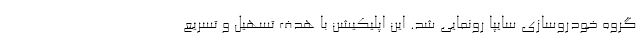
گروه خودروسازی سایپا رونمایی شد. این اپلیکیشن با هدف تسهیل و تسریع